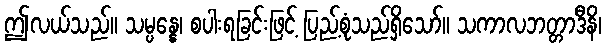
ဤလယ်သည်။ သမ္ပန္နေ၊ စပါးရခြင်းဖြင့် ပြည့်စုံသည်ရှိသော်။ သကာလဘတ္တာဒီနိ၊